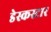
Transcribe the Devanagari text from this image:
डेस्कस्टार